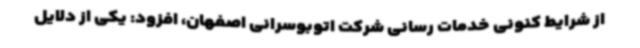
از شرایط کنونی خدمات رسانی شرکت اتوبوسرانی اصفهان، افزود: یکی از دلایل